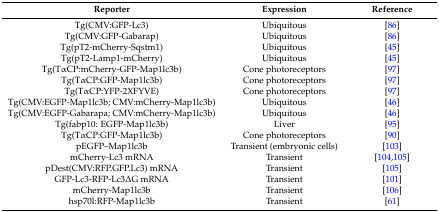
<table><thead><tr><td><b>Reporter</b></td><td><b>Expression</b></td><td><b>Reference</b></td></tr></thead><tbody><tr><td>Tg(CMV:GFP-Lc3)</td><td>Ubiquitous</td><td>[86]</td></tr><tr><td>Tg(CMV:GFP-Gabarap)</td><td>Ubiquitous</td><td>[86]</td></tr><tr><td>Tg(pT2-mCherry-Sqstm1)</td><td>Ubiquitous</td><td>[45]</td></tr><tr><td>Tg(pT2-Lamp1-mCherry)</td><td>Ubiquitous</td><td>[45]</td></tr><tr><td>Tg(TαCP:mCherry-GFP-Map1lc3b)</td><td>Cone photoreceptors</td><td>[97]</td></tr><tr><td>Tg(TαCP:GFP-Map1lc3b)</td><td>Cone photoreceptors</td><td>[97]</td></tr><tr><td>Tg(TαCP:YFP-2XFYVE)</td><td>Cone photoreceptors</td><td>[97]</td></tr><tr><td>Tg(CMV:EGFP-Map1lc3b; CMV:mCherry-Map1lc3b)</td><td>Ubiquitous</td><td>[46]</td></tr><tr><td>Tg(CMV:EGFP-Gabarapa; CMV:mCherry-Map1lc3b)</td><td>Ubiquitous</td><td>[46]</td></tr><tr><td>Tg(fabp10: EGFP-Map1lc3b)</td><td>Liver</td><td>[95]</td></tr><tr><td>Tg(TαCP:GFP-Map1lc3b)</td><td>Cone photoreceptors</td><td>[90]</td></tr><tr><td>pEGFP–Map1lc3b</td><td>Transient (embryonic cells)</td><td>[103]</td></tr><tr><td>mCherry-Lc3 mRNA</td><td>Transient</td><td>[104,105]</td></tr><tr><td>pDest(CMV:RFP.GFP.Lc3) mRNA</td><td>Transient</td><td>[105]</td></tr><tr><td>GFP-Lc3-RFP-Lc3ΔG mRNA</td><td>Transient</td><td>[101]</td></tr><tr><td>mCherry-Map1lc3b</td><td>Transient</td><td>[106]</td></tr><tr><td>hsp70l:RFP-Map1lc3b</td><td>Transient</td><td>[61]</td></tr></tbody></table>